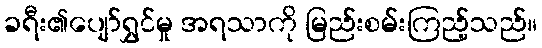
ခရီး၏ပျော်ရွှင်မှု အရသာကို မြည်းစမ်းကြည့်သည်။